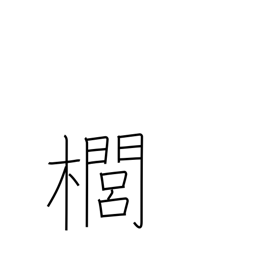
Meaning: kind of quince